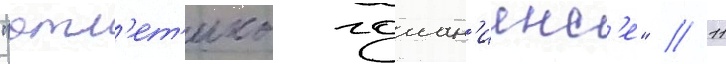
"атл'ет'ико гоиан'иенс'е" // 11